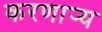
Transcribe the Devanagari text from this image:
करणार्‍य